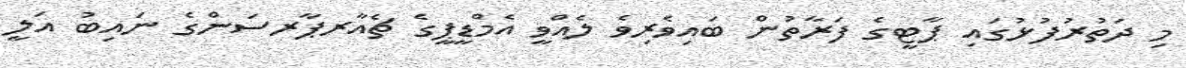
މި ދަތުރުފުޅުގައި ޕާޓީގެ ފަރާތުން ބައިވެރިވެ ލެއްވީ އެމްޑީޕީގެ ޗެއާރޕާރސަންގެ ނައިބު އަލީ